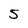
Character: 5